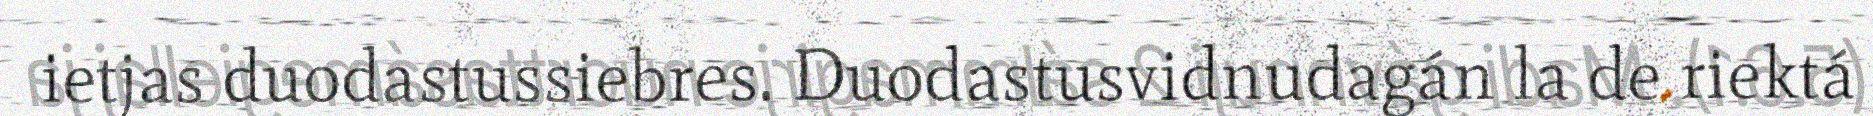
ietjas duodastussiebres. Duodastusvidnudagán la de riektá